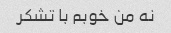
نه من خوبم با تشکر